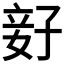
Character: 𫲨